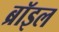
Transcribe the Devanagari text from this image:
ब्रॉइल